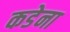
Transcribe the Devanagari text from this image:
कडेना